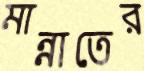
মান্নাতের